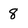
Character: 8